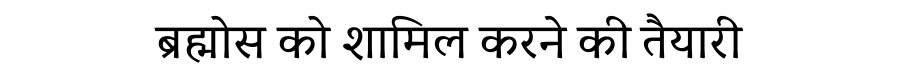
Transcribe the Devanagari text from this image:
ब्रह्मोस को शामिल करने की तैयारी